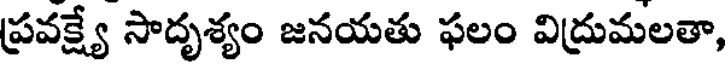
ప్రవక్ష్యే సాదృశ్యం జనయతు ఫలం విద్రుమలతా,